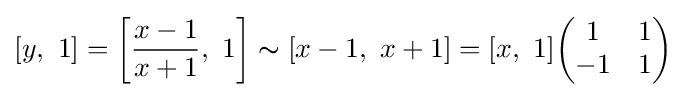
[y,\ 1]=\left[{\frac {x-1}{x+1}},\ 1\right]\thicksim [x-1,\ x+1]=[x,\ 1]{\begin{pmatrix}1&1\\-1&1\end{pmatrix}}